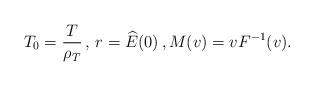
LaTeX: \begin{align*}T_0= \frac{T}{\rho_T} \,,\, r=\widehat{E}(0) \,, M(v)=v F^{-1}(v).\end{align*}